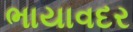
ભાયાવદર